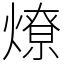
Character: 燎